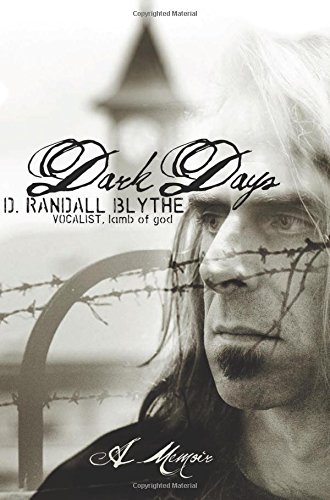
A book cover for Dark Days: A Memoir; D. Randall Blythe; Humor & Entertainment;